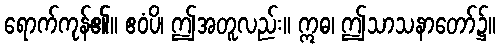
ရောက်ကုန်၏။ ဧဝံပိ၊ ဤအတူလည်း။ ဣဓ၊ ဤသာသနာတော်၌။